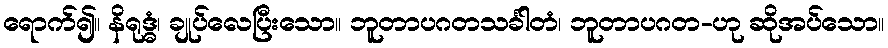
ရောက်၍။ နိရုဒ္ဓံ၊ ချုပ်လေပြီးသော။ ဘူတာပဂတသင်္ခါတံ၊ ဘူတာပဂတ-ဟု ဆိုအပ်သော။